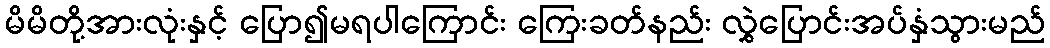
မိမိတို့အားလုံးနှင့် ပြော၍မရပါကြောင်း ကြေးခတ်နည်း လွှဲပြောင်းအပ်နှံသွားမည်